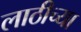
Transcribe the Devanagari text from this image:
लाठीच्या